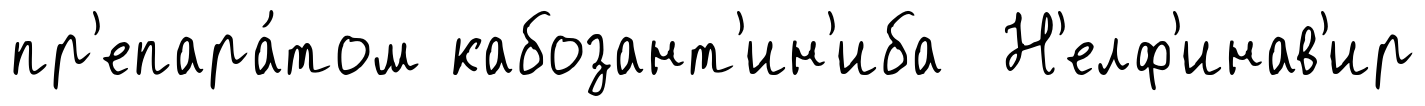
пр'епара́том кабозант'ин'иба Н'елф'инав'ир